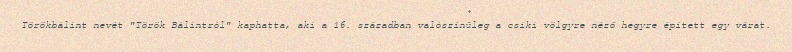
Törökbálint nevét "Török Bálintról" kaphatta, aki a 16. században valószínűleg a csiki völgyre néző hegyre épített egy várat.